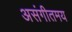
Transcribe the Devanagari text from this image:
असंगीतमय